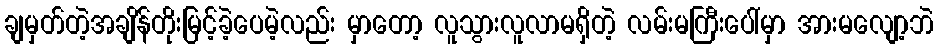
ချမှတ်တဲ့အချိန်တိုးမြင့်ခဲ့ပေမဲ့လည်း မှာတော့ လူသွားလူလာမရှိတဲ့ လမ်းမကြီးပေါ်မှာ အားမလျော့ဘဲ